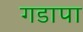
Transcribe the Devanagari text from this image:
गडापा